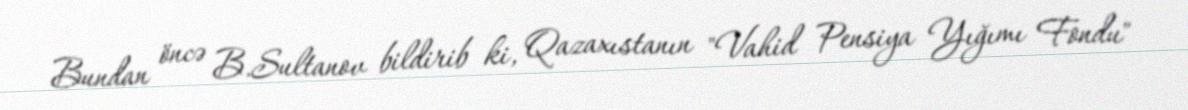
Bundan öncə B.Sultanov bildirib ki, Qazaxıstanın "Vahid Pensiya Yığımı Fondu"